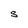
Character: S